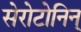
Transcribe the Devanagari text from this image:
सेरोटोनिन्